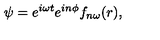
\psi = e ^ { i \omega t } e ^ { i n \phi } f _ { n \omega } ( r ) ,